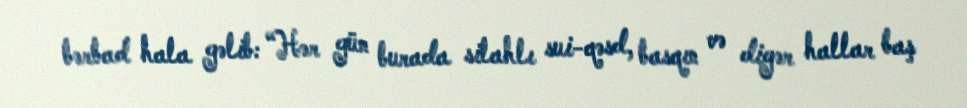
bərbad hala gəlib: “Hər gün burada silahlı sui-qəsd, basqın və digər hallar baş